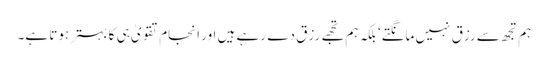
ہم تجھ سے رزق نہیں مانگتے‘ بلکہ ہم تجھے رزق دے رہے ہیں اور انجام تقویٰ ہی کا بہتر ہوتا ہے۔